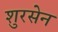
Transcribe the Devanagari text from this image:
शुरसेन